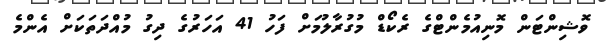
ވޮޝިންޓަން މޮނިއުމެންޓްގެ ރެކޯޑް މުގުރާލުމަށް ފަހު 41 އަހަރުގެ ދިގު މުއްދަތަކަށް އެންމެ